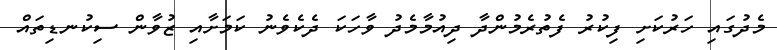
މެދުގައި ހަރުކަށި ފިކުރު ފެތުރެމުންދާ ދިއުމާމެދު ވާހަކަ ދެކެވެނު ކަމަށާއި ޒުވާން ސިކުނޑިތައް